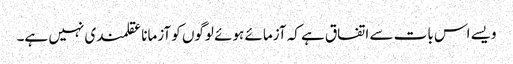
ویسے اس بات سے اتفاق ہے کہ آزمائے ہوئے لوگوں کو آزمانا عقلمندی نہیں ہے۔